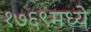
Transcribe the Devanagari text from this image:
१७६९मध्ये